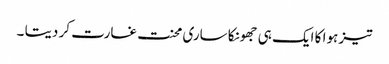
تیز ہوا کا ایک ہی جھونکا ساری محنت غارت کر دیتا ۔